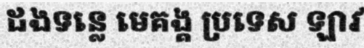
ដងទន្លេ មេគង្គ ប្រទេស ឡាវ